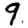
Digit: 9